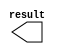
module com_cm_100000 (
	result);

	output	[17:0]  result;

endmodule